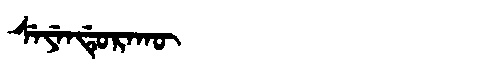
Manchu: ᠰᡝᠶᡝᠨᡩᡠᡵᠠᡴᡡ
Romanization: SEYENDURAKŪ